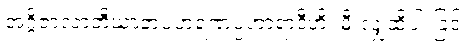
အဂ္ဂိဇာလာဘိဃာတပဟရဏပ္ပဟာရာဒီဟိ၊ မီးလျှံထိပါးခြင်း